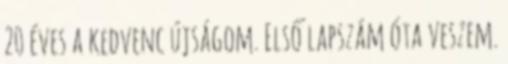
20 éves a kedvenc újságom. Első lapszám óta veszem.